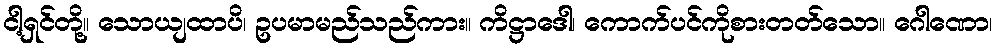
ငါ့ရှင်တို့။ သောယျထာပိ၊ ဥပမာမည်သည်ကား။ ကိဋ္ဌာဒေါ၊ ကောက်ပင်ကိုစားတတ်သော။ ဂေါဏော၊